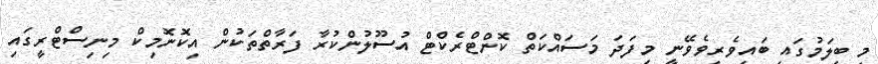
މި ބީލަމުގައި ބައިވެރިވެވޭނީ މިފަދަ މަސައްކަތް ކޮންޓްރެކްޓް އުސޫލުންކުރާ ފަރާތްތަކުން އިކޮނޮމިކް މިނިސްޓްރީގައި